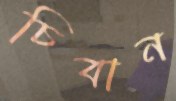
চিবান